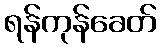
ရန်ကုန်ခေတ်